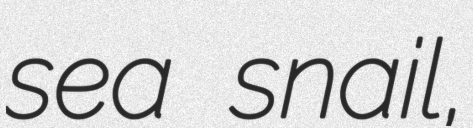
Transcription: sea snail,